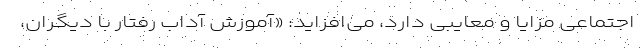
اجتماعی مزایا و معایبی دارد، می‌افزاید: «آموزش آداب رفتار با دیگران،